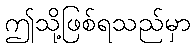
ဤသို့ဖြစ်ရသည်မှာ